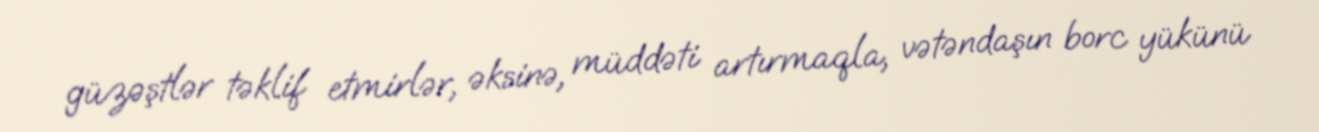
güzəştlər təklif etmirlər, əksinə, müddəti artırmaqla, vətəndaşın borc yükünü